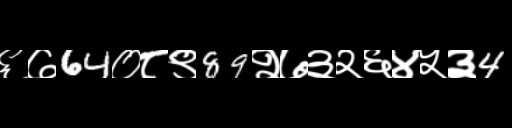
Text: ६७64०८९89२७३२६४५३4